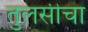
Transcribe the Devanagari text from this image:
तुलसीचा